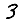
Digit: 3